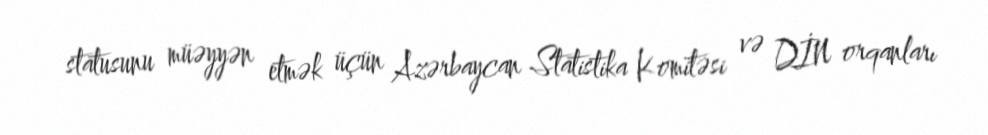
statusunu müəyyən etmək üçün Azərbaycan Statistika Komitəsi və DİN orqanları